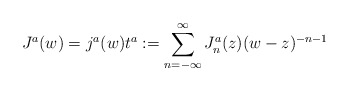
\begin{align*}J^a(w)= j^a(w) t^a :=\sum_{n=-\infty}^{\infty}J_n^a(z) (w-z)^{-n-1} \end{align*}